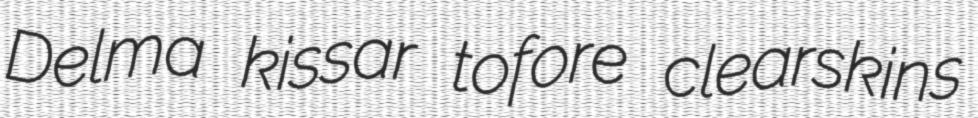
Delma kissar tofore clearskins